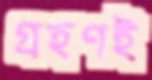
গ্রহণই